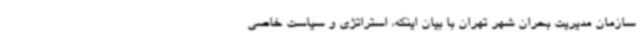
سازمان مدیریت بحران شهر تهران با بیان اینکه، استراتژی و سیاست خاصی